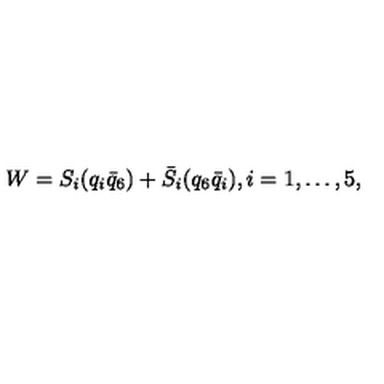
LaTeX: W = S _ { i } ( q _ { i } \bar { q } _ { 6 } ) + \bar { S } _ { i } ( q _ { 6 } \bar { q } _ { i } ) , i = 1 , \ldots , 5 ,